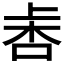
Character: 𣑾